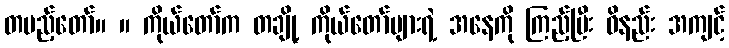
တပည့်တော်။ ။ ကိုယ်တော်က တချို့ ကိုယ်တော်များရဲ့ အနေကို ကြည့်ပြီး ဝိနည်း အကျင့်